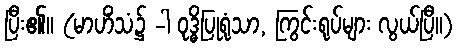
ပြီး၏။ (မာဟိံသံ၌ -ါ ဝုဒ္ဓိပြုရုံသာ, ကြွင်းရုပ်များ လွယ်ပြီ။)